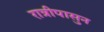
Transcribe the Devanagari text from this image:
रात्रीपासुन